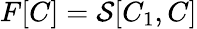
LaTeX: F[C]=\mathcal{S}[C_{1},C]